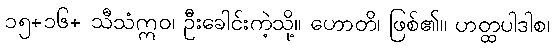
၁၅+၁၆+ သီသံဣဝ၊ ဦးခေါင်းကဲ့သို့။ ဟောတိ၊ ဖြစ်၏။ ဟတ္ထပါဒါစ၊